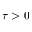
\tau > 0